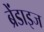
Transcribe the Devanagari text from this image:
ब्रेंडाइज